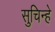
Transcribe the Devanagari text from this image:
सुचिन्हे